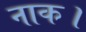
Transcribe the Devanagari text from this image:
नाक।